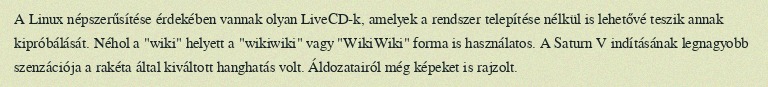
A Linux népszerűsítése érdekében vannak olyan LiveCD-k, amelyek a rendszer telepítése nélkül is lehetővé teszik annak kipróbálását. Néhol a "wiki" helyett a "wikiwiki" vagy "WikiWiki" forma is használatos. A Saturn V indításának legnagyobb szenzációja a rakéta által kiváltott hanghatás volt. Áldozatairól még képeket is rajzolt.